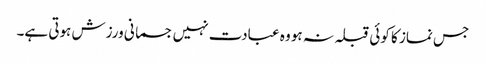
جس نماز کا کوئی قبلہ نہ ہو وہ عبادت نہیں جسمانی ورزش ہوتی ہے۔